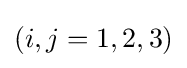
(i,j=1,2,3)